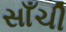
સાઁચી